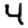
Digit: 4